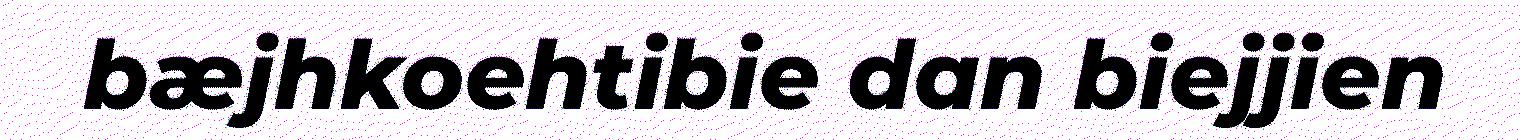
bæjhkoehtibie dan biejjien